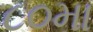
૮૦મા